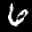
Label: 6